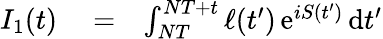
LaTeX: \begin{array}{rlr}{I_{1}(t)}&{{}=}&{\int_{NT}^{NT+t}\ell(t^{\prime})\, \mathrm{e}^{iS(t^{\prime})}\, \mathrm{d}t^{\prime}}\end{array}